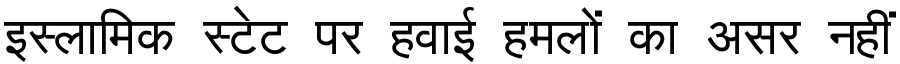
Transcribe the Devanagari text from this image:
इस्लामिक स्टेट पर हवाई हमलों का असर नहीं